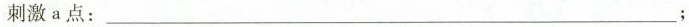
刺激 a 点：___；